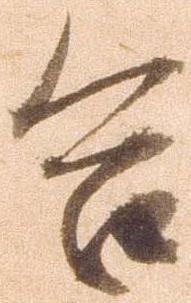
合